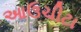
આઉચીટા